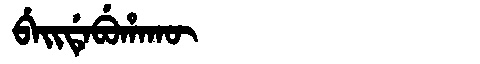
Manchu: ᠪᡝᡳᡩᡝᠪᡠᡥᠠᡴᡡ
Romanization: BEIDEBUHAKŪ